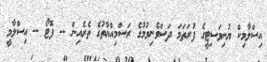
އިސްލާމިިކް ޔުނިވަސިޓީގެ ފުރަތަމަ ދަސްވެނިވުމުގެ ރަސްމިއްޔާތުގެ ތެރެއިން -- ފޮޓޯ -- އިސްލާމީ